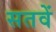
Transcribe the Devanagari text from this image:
सतवें